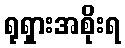
ရုရှားအစိုးရ